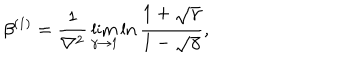
LaTeX: \beta ^ { ( 1 ) } = { \frac { 1 } { \nabla ^ { 2 } } } \lim _ { \gamma \to 1 } \ln { \frac { 1 + \sqrt \gamma } { 1 - \sqrt \gamma } } ,